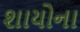
શાયોના